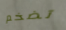
تضخم